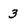
Character: 3